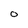
Character: 0